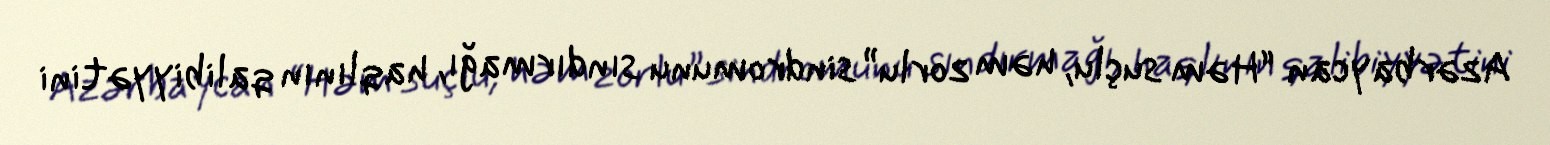
Azərbaycan “Həm suçlu, həm zorlu” sindromunu sındırmağı, haqlının qalibiyyətini